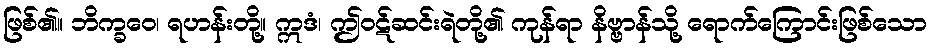
ဖြစ်၏။ ဘိက္ခဝေ၊ ရဟန်းတို့။ ဣဒံ၊ ဤဝဋ်ဆင်းရဲတို့၏ ကုန်ရာ နိဗ္ဗာန်သို့ ရောက်ကြောင်းဖြစ်သော